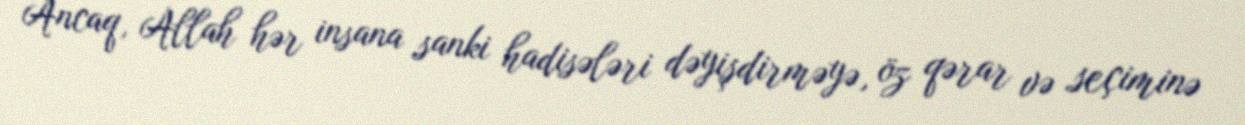
Ancaq, Allah hər insana sanki hadisələri dəyişdirməyə, öz qərar və seçiminə